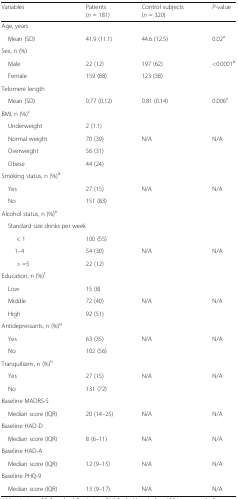
<table><thead><tr><td><b>Variables</b></td><td><b>Patients (<i>n</i> = 181)</b></td><td><b>Control subjects (<i>n</i> = 320)</b></td><td><b><i>P</i>-value</b></td></tr></thead><tbody><tr><td colspan="4">Age, years</td></tr><tr><td> Mean (SD)</td><td>41.9 (11.1)</td><td>44.6 (12.5)</td><td>0.02<sup>a</sup></td></tr><tr><td colspan="4">Sex, n (%)</td></tr><tr><td> Male</td><td>22 (12)</td><td>197 (62)</td><td rowspan="2">&lt;0.0001<sup>b</sup></td></tr><tr><td> Female</td><td>159 (88)</td><td>123 (38)</td></tr><tr><td colspan="4">Telomere length</td></tr><tr><td> Mean (SD)</td><td>0.77 (0.12)</td><td>0.81 (0.14)</td><td>0.006<sup>a</sup></td></tr><tr><td colspan="4">BMI, n (%)<sup>c</sup></td></tr><tr><td> Underweight</td><td>2 (1.1)</td><td>[EMPTY_CELL]</td><td>[EMPTY_CELL]</td></tr><tr><td> Normal weight</td><td>70 (39)</td><td>N/A</td><td>N/A</td></tr><tr><td> Overweight</td><td>56 (31)</td><td>[EMPTY_CELL]</td><td>[EMPTY_CELL]</td></tr><tr><td> Obese</td><td>44 (24)</td><td>[EMPTY_CELL]</td><td>[EMPTY_CELL]</td></tr><tr><td colspan="4">Smoking status, n (%)<sup>d</sup></td></tr><tr><td> Yes</td><td>27 (15)</td><td rowspan="2">N/A</td><td rowspan="2">N/A</td></tr><tr><td> No</td><td>151 (83)</td></tr><tr><td colspan="4">Alcohol status, n (%)<sup>e</sup></td></tr><tr><td colspan="4"> Standard size drinks per week</td></tr><tr><td>&lt; 1</td><td>100 (55)</td><td>[EMPTY_CELL]</td><td>[EMPTY_CELL]</td></tr><tr><td>1–4</td><td>54 (30)</td><td>N/A</td><td>N/A</td></tr><tr><td>&gt; =5</td><td>22 (12)</td><td>[EMPTY_CELL]</td><td>[EMPTY_CELL]</td></tr><tr><td colspan="4">Education, n (%)<sup>f</sup></td></tr><tr><td> Low</td><td>15 (8)</td><td>[EMPTY_CELL]</td><td>[EMPTY_CELL]</td></tr><tr><td> Middle</td><td>72 (40)</td><td>N/A</td><td>N/A</td></tr><tr><td> High</td><td>92 (51)</td><td>[EMPTY_CELL]</td><td>[EMPTY_CELL]</td></tr><tr><td colspan="4">Antidepressants, n (%)<sup>g</sup></td></tr><tr><td> Yes</td><td>63 (35)</td><td rowspan="2">N/A</td><td rowspan="2">N/A</td></tr><tr><td> No</td><td>102 (56)</td></tr><tr><td colspan="4">Tranquilizers, n (%)<sup>h</sup></td></tr><tr><td> Yes</td><td>27 (15)</td><td rowspan="2">N/A</td><td rowspan="2">N/A</td></tr><tr><td> No</td><td>131 (72)</td></tr><tr><td colspan="4">Baseline MADRS-S</td></tr><tr><td> Median score (IQR)</td><td>20 (14–25)</td><td>N/A</td><td>N/A</td></tr><tr><td colspan="4">Baseline HAD-D</td></tr><tr><td> Median score (IQR)</td><td>8 (6–11)</td><td>N/A</td><td>N/A</td></tr><tr><td colspan="4">Baseline HAD-A</td></tr><tr><td> Median score (IQR)</td><td>12 (9–15)</td><td>N/A</td><td>N/A</td></tr><tr><td colspan="4">Baseline PHQ-9</td></tr><tr><td> Median score (IQR)</td><td>13 (9–17)</td><td>N/A</td><td>N/A</td></tr></tbody></table>